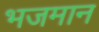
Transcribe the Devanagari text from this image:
भजमान